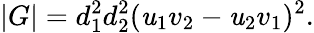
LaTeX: |G|=d_{1}^{2}d_{2}^{2}(\mathit{u}_{1}v_{2}-\mathit{u}_{2}v_{1})^{2}.